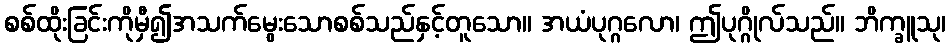
စစ်ထိုးခြင်းကိုမှီ၍အသက်မွေးသောစစ်သည်နှင့်တူသော။ အယံပုဂ္ဂလော၊ ဤပုဂ္ဂိုလ်သည်။ ဘိက္ခူသု၊